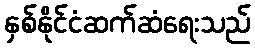
နှစ်နိုင်ငံဆက်ဆံရေးသည်